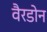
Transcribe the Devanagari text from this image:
वैरडोन